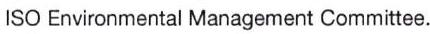
ISO Environmental Management Committee.